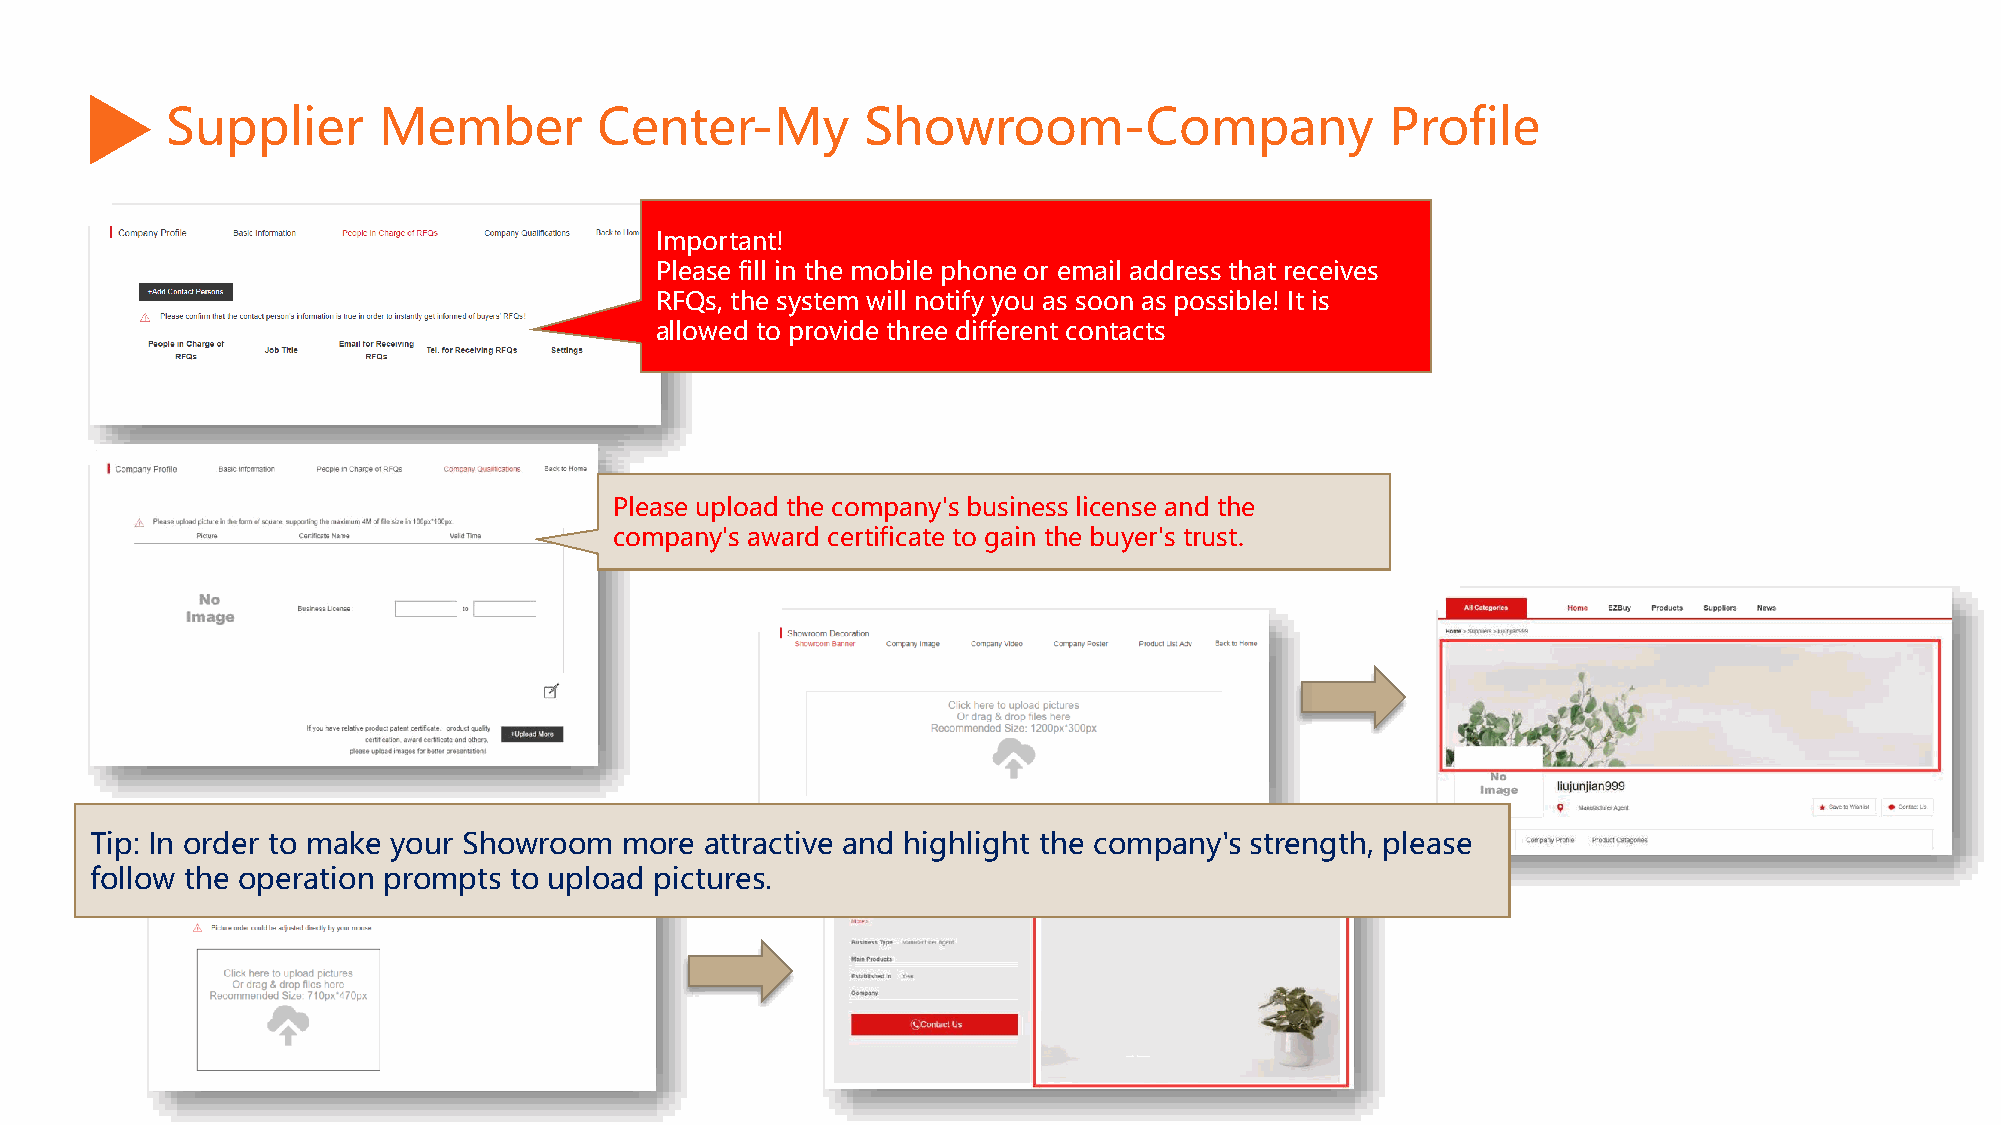
Supplier      Member         Center-My        Showroom-Company                   Profile
 Important!
 Please fill in the mobile phone or email address that receives
 RFQs, the system will notify you as soon as possible! It is
 allowed to provide three different contacts
 Please upload the company's business license and the
 company's award certificate to gain the buyer's trust.
 Tip: In order to make your Showroom more attractive and highlight the company's strength, please
 follow the operation prompts to upload pictures.